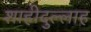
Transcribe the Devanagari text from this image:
शाहीदुल्लाह